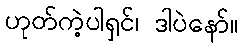
ဟုတ်ကဲ့ပါရှင်၊ ဒါပဲနော်။